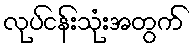
လုပ်ငန်းသုံးအတွက်